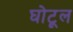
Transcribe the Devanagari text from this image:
घोटूल